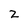
Character: 2